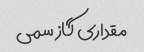
مقداری گاز سمی